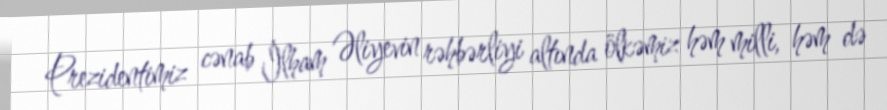
Prezidentimiz cənab İlham Əliyevin rəhbərliyi altında ölkəmiz həm milli, həm də